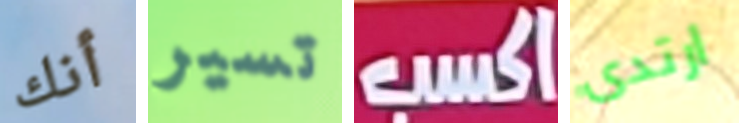
أنك تسير اكسب ارتدى